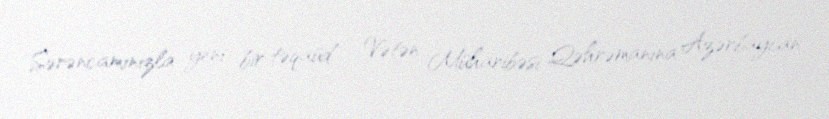
Sərəncamınızla yeni bir təqaüd - Vətən Müharibəsi Qəhrəmanına Azərbaycan